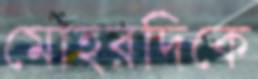
মোহরদিকে